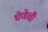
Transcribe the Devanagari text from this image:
घेणेची